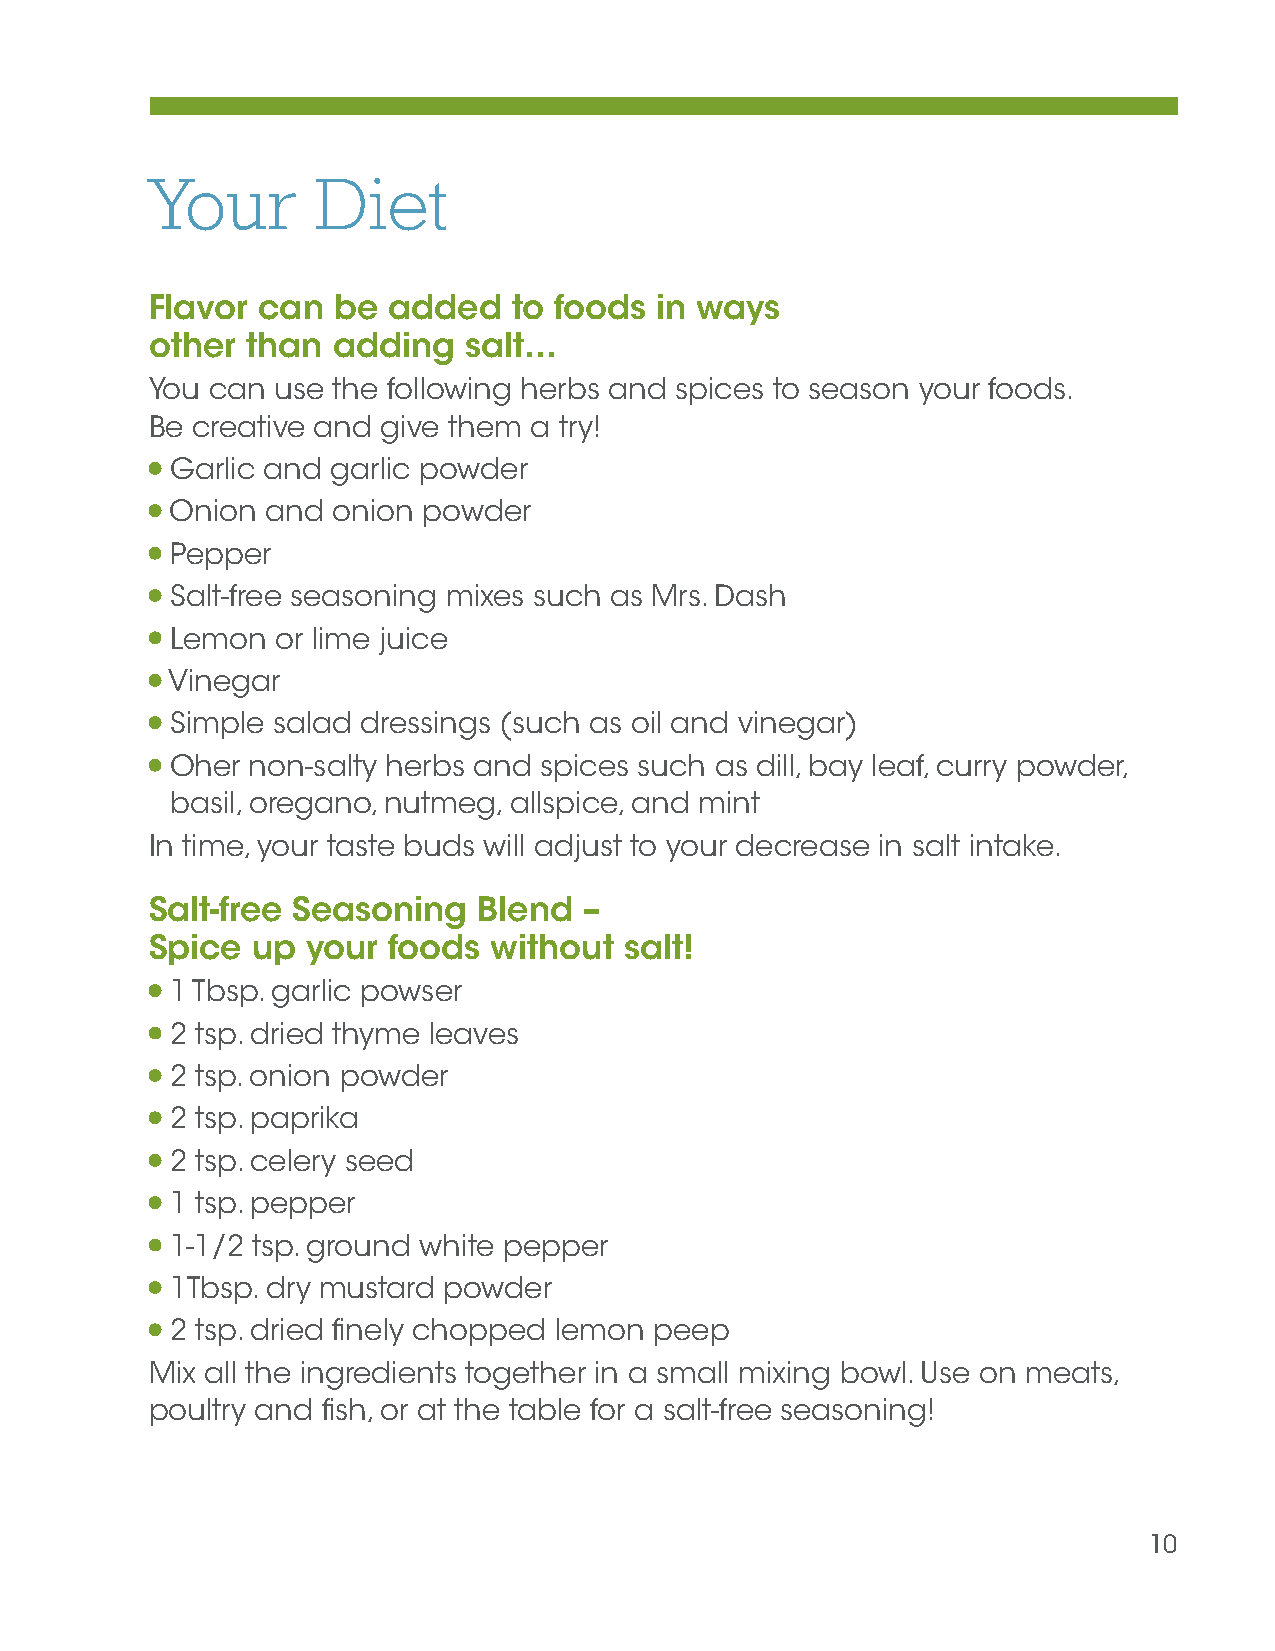
Your       Diet
 Flavor can  be  added   to foods in ways
 other than  adding   salt…
 You can use the following herbs and spices to season your foods.
 Be creative and give them a try!
 Garlic and garlic powder
 Onion  and onion powder
 Pepper
 Salt-free seasoning mixes such as Mrs. Dash
 Lemon  or lime juice
 Vinegar
 Simple salad dressings (such as oil and vinegar)
 Oher  non-salty herbs and spices such as dill, bay leaf, curry powder,
 basil, oregano, nutmeg, allspice, and mint
 In time, your taste buds will adjust to your decrease in salt intake.
 Salt-free Seasoning   Blend  –
 Spice  up your  foods without  salt!
 1 Tbsp. garlic powser
 2 tsp. dried thyme leaves
 2 tsp. onion powder
 2 tsp. paprika
 2 tsp. celery seed
 1 tsp. pepper
 1-1/2 tsp. ground white pepper
 1Tbsp. dry mustard powder
 2 tsp. dried finely chopped lemon peep
 Mix all the ingredients together in a small mixing bowl. Use on meats,
 poultry and fish, or at the table for a salt-free seasoning!
 10